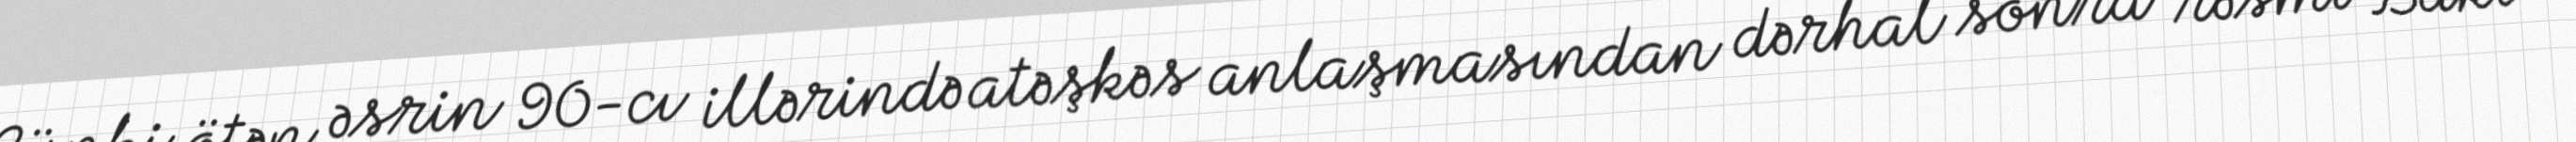
Çünki ötən əsrin 90-cı illərində atəşkəs anlaşmasından dərhal sonra rəsmi Bakı